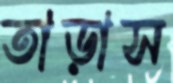
তাড়াস